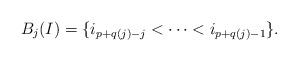
\begin{align*} B_j(I) = \{i_{p+q(j)-j} < \cdots < i_{p+q(j)-1}\}.\end{align*}